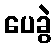
ပေခွဲ